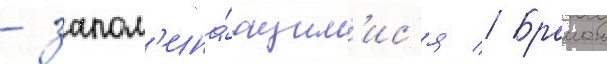
- запом'ина́ющим'ис'я // Браиан